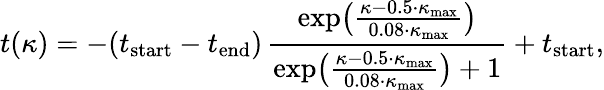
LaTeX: t(\kappa)=-(t_{\mathrm{start}}-t_{\mathrm{end}})\, \frac{\exp\bigl(\frac{\kappa-0.5\cdot\kappa_{\mathrm{max}}}{0.08\cdot\kappa_{\mathrm{max}}}\bigr)}{\exp\bigl(\frac{\kappa-0.5\cdot\kappa_{\mathrm{max}}}{0.08\cdot\kappa_{\mathrm{max}}}\bigr)+1}+t_{\mathrm{start}},